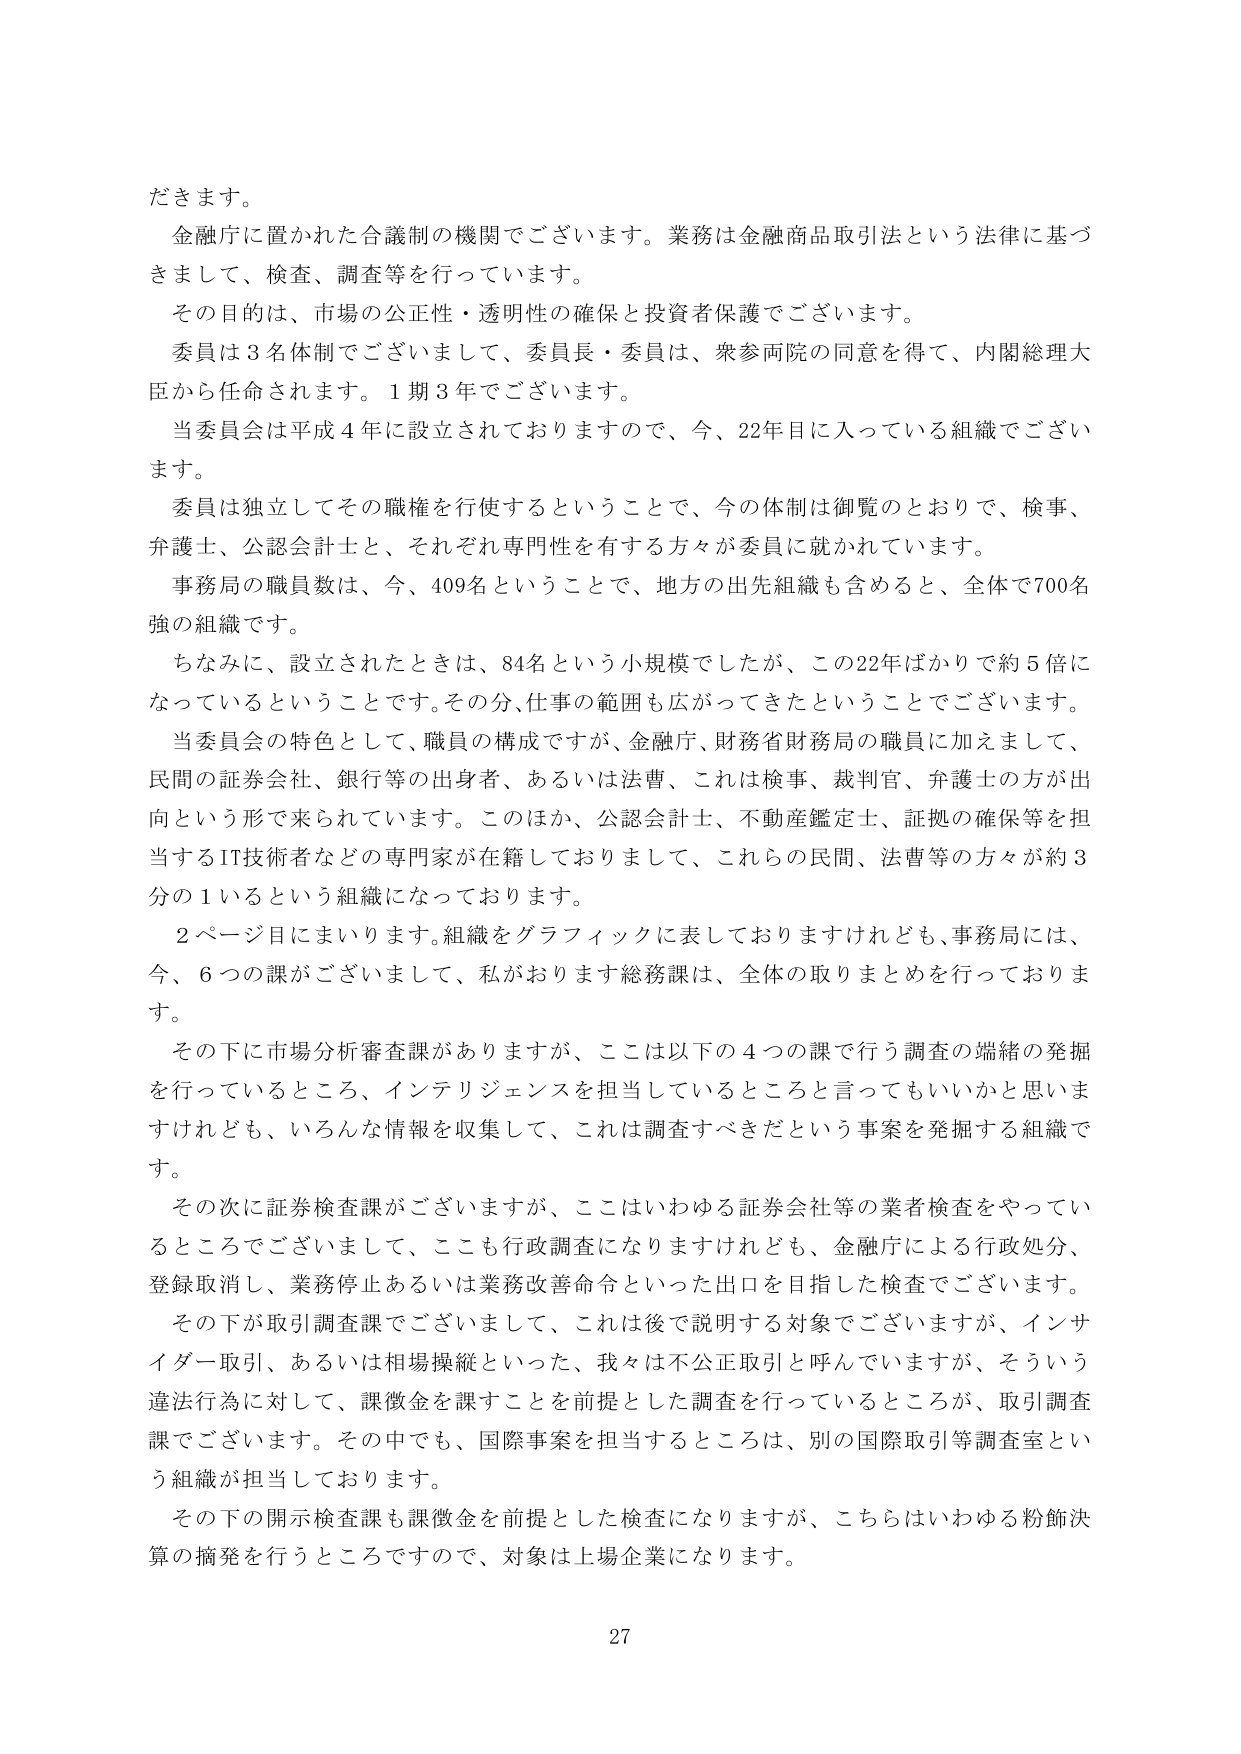
だきます。

金融庁に置かれた合議制の機関でございます。業務は金融商品取引法という法律に基づきまして、検査、調査等を行っています。

その目的は、市場の公正性・透明性の確保と投資者保護でございます。

委員は3名体制でございまして、委員長・委員は、衆参両院の同意を得て、内閣総理大臣から任命されます。1期3年でございます。

当委員会は平成4年に設立されておりますので、今、22年目に入っている組織でございます。

委員は独立してその職権を行使するということで、今の体制は御覧のとおりで、検事、弁護士、公認会計士と、それぞれ専門性を有する方が委員に就かれています。

事務局の職員数は、今、409名ということで、地方の出先組織も含めると、全体で700名強の組織です。

ちなみに、設立されたときは、84名という小規模でしたが、この22年ばかりで約5倍になっているということです。その分、仕事の範囲も広がってきたということでございます。

当委員会の特色として、職員の構成ですが、金融庁、財務省財務局の職員に加えまして、民間の証券会社、銀行等の出身者、あるいは法曹、これは検事、裁判官、弁護士の方が出向という形で来られています。このほか、公認会計士、不動産鑑定士、証拠の確保等を担当するIT技術者などの専門家が在籍しておりまして、これらの民間、法曹等の方々が約3分の1いるという組織になっております。

2ページ目にまいります。組織をグラフィックに表しておりますけれども、事務局には、今、6つの課がございまして、私がおります総務課は、全体の取りまとめを行っております。

その下に市場分析審査課がありますが、ここは以下の4つの課で行う調査の端緒の発掘を行っているところ、インテリジェンスを担当しているところと言ってもいいかと思いますけれども、いろんな情報を収集して、これは調査すべきだという事案を発掘する組織です。

その次に証券検査課がございますが、ここはいわゆる証券会社等の業者検査を行っているところでございまして、ここも行政調査になりますけれども、金融庁による行政処分、登録取消し、業務停止あるいは業務改善命令といった出口を目指した検査でございます。

その下が取引調査課でございまして、これは後で説明する対象でございますが、インサイダー取引、あるいは相場操縦といった、我々は不公正取引と呼んでいますが、そういう違法行為に対して、課徴金を課すことを前提とした調査を行っているところが、取引調査課でございます。その中でも、国際事案を担当するところは、別の国際取引等調査室という組織が担当しております。

その下の開示検査課も課徴金を前提とした検査になりますが、こちらはいわゆる粉飾決算の摘発を行うところですので、対象は上場企業になります。

27